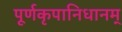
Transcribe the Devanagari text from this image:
पूर्णकृपानिधानम्